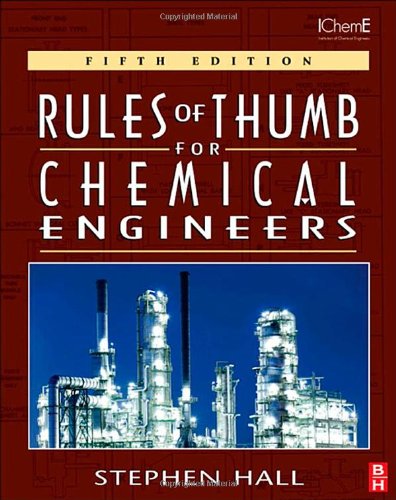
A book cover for Rules of Thumb for Chemical Engineers, Fifth Edition; Stephen Hall; Science & Math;